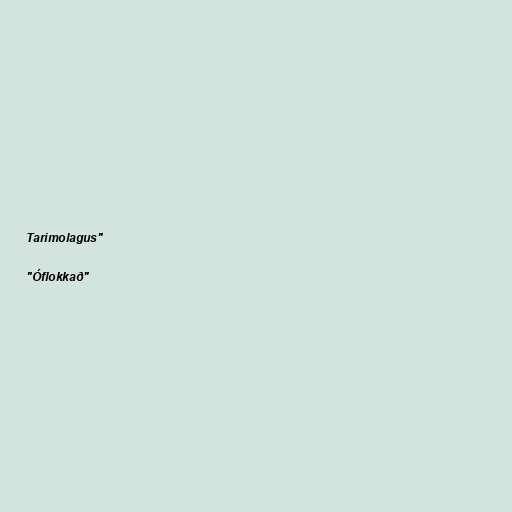
Tarimolagus"

"Óflokkað"